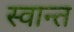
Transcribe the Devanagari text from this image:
स्वान्त